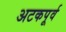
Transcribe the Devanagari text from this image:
अटकपूर्व